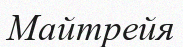
Майтрейя